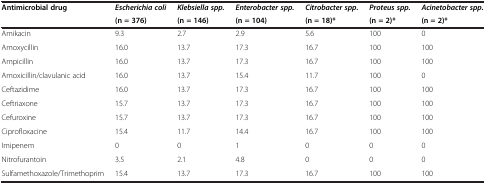
<table><thead><tr><td rowspan="2"><b>Antimicrobial drug</b></td><td><b><i>Escherichia coli</i></b></td><td><b><i>Klebsiella spp.</i></b></td><td><b><i>Enterobacter spp.</i></b></td><td><b><i>Citrobacter spp.</i></b></td><td><b><i>Proteus spp.</i></b></td><td><b><i>Acinetobacter spp.</i></b></td></tr><tr><td><b>(n = 376)</b></td><td><b>(n = 146)</b></td><td><b>(n = 104)</b></td><td><b>(n = 18)*</b></td><td><b>(n = 2)*</b></td><td><b>(n = 2)*</b></td></tr></thead><tbody><tr><td>Amikacin</td><td>9.3</td><td>2.7</td><td>2.9</td><td>5.6</td><td>100</td><td>0</td></tr><tr><td>Amoxycillin</td><td>16.0</td><td>13.7</td><td>17.3</td><td>16.7</td><td>100</td><td>100</td></tr><tr><td>Ampicillin</td><td>16.0</td><td>13.7</td><td>17.3</td><td>16.7</td><td>100</td><td>100</td></tr><tr><td>Amoxicillin/clavulanic acid</td><td>16.0</td><td>13.7</td><td>15.4</td><td>11.7</td><td>100</td><td>0</td></tr><tr><td>Ceftazidime</td><td>16.0</td><td>13.7</td><td>17.3</td><td>16.7</td><td>100</td><td>100</td></tr><tr><td>Ceftriaxone</td><td>15.7</td><td>13.7</td><td>17.3</td><td>16.7</td><td>100</td><td>100</td></tr><tr><td>Cefuroxine</td><td>15.7</td><td>13.7</td><td>17.3</td><td>16.7</td><td>100</td><td>100</td></tr><tr><td>Ciprofloxacine</td><td>15.4</td><td>11.7</td><td>14.4</td><td>16.7</td><td>100</td><td>100</td></tr><tr><td>Imipenem</td><td>0</td><td>0</td><td>1</td><td>0</td><td>0</td><td>0</td></tr><tr><td>Nitrofurantoin</td><td>3.5</td><td>2.1</td><td>4.8</td><td>0</td><td>0</td><td>0</td></tr><tr><td>Sulfamethoxazole/Trimethoprim</td><td>15.4</td><td>13.7</td><td>17.3</td><td>16.7</td><td>100</td><td>100</td></tr></tbody></table>